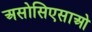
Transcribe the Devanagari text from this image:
असोसिएसाओ